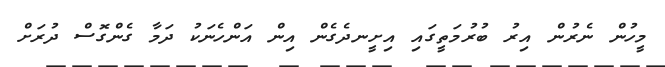
މީހުން ނެރުން އިރު ބުރުމަތީގައި އިށީނދެގެން އިން އަންހެނަކު ދަމާ ގެންގޮސް ދުރަށް